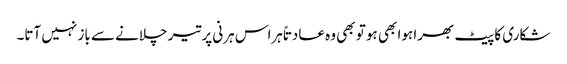
شکاری کا پیٹ بھرا ہوا بھی ہو تو بھی وہ عادتاً ہراس ہرنی پر تیر چلانے سے باز نہیں آتا۔